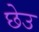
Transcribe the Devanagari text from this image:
छेउ